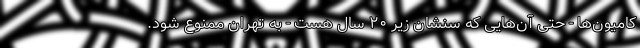
کامیون‌ها - حتی آن‌هایی که سنشان زیر ۲۰ سال هست - به تهران ممنوع شود.